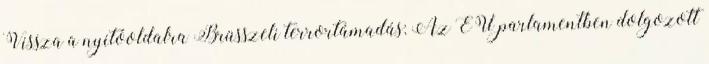
Vissza a nyitóoldalra Brüsszeli terrortámadás: Az EU parlamentben dolgozott